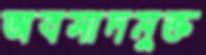
অবসাদমুক্ত